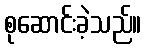
စုဆောင်းခဲ့သည်။